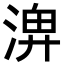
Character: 𪶣